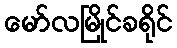
မော်လမြိုင်ခရိုင်